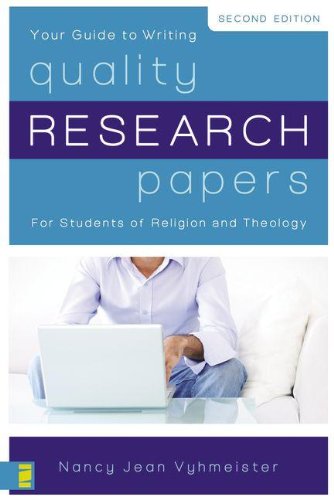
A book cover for Quality Research Papers: For Students of Religion and Theology; Nancy Jean Vyhmeister; Religion & Spirituality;